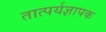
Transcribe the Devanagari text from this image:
तात्पर्यज्ञापक